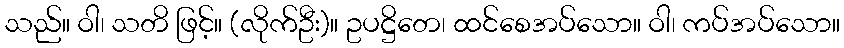
သည်။ ဝါ၊ သတိ ဖြင့်။ (လိုက်ဦး)။ ဥပဋ္ဌိတေ၊ ထင်စေအပ်သော။ ဝါ၊ ကပ်အပ်သော။